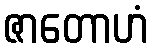
ဇာတောဟံ